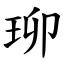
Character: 珋